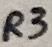
Text: R3